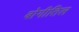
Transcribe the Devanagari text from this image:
बोगीतिल